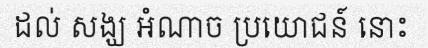
ដល់ សង្ឃ អំណាច ប្រយោជន៍ នោះ